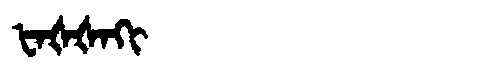
Manchu: ᡶᠠᡧᡧᠠᡴᡳ
Romanization: FAŠŠAKI